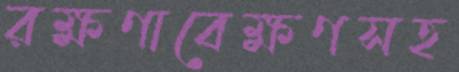
রক্ষণাবেক্ষণসহ